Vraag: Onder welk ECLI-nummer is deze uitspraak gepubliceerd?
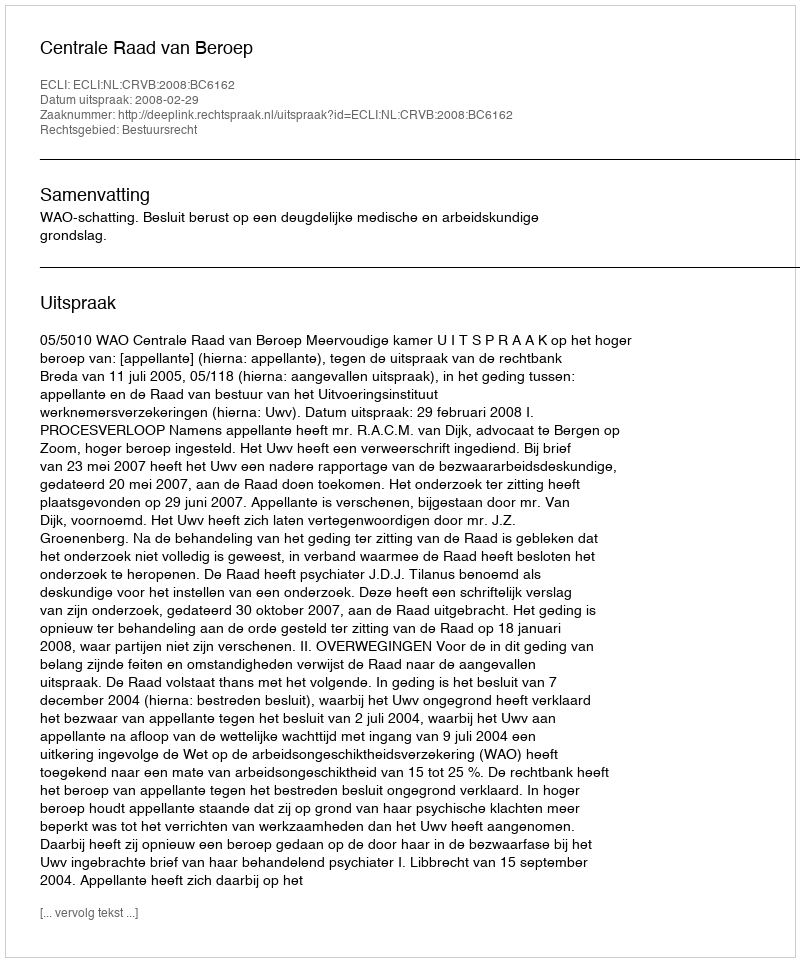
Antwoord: ECLI:NL:CRVB:2008:BC6162